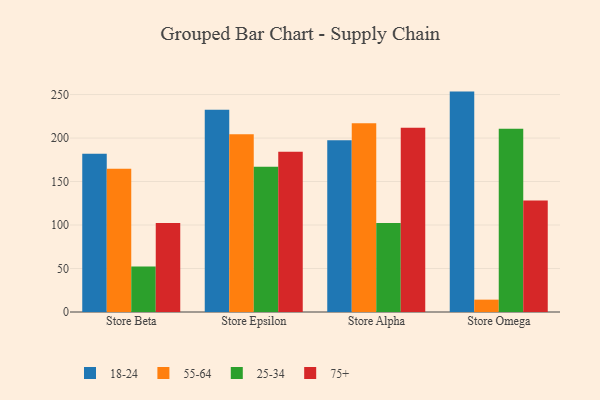
{"axis": {"x": "Store", "y": "Operating Costs (USD K)"}, "legend": ["18-24", "25-34", "55-64", "75+"], "data": [{"x": "Store Beta", "y": 181.9, "type": "18-24"}, {"x": "Store Beta", "y": 164.8, "type": "55-64"}, {"x": "Store Beta", "y": 52.2, "type": "25-34"}, {"x": "Store Beta", "y": 102.2, "type": "75+"}, {"x": "Store Epsilon", "y": 232.5, "type": "18-24"}, {"x": "Store Epsilon", "y": 204.3, "type": "55-64"}, {"x": "Store Epsilon", "y": 167.0, "type": "25-34"}, {"x": "Store Epsilon", "y": 184.2, "type": "75+"}, {"x": "Store Alpha", "y": 197.5, "type": "18-24"}, {"x": "Store Alpha", "y": 217.1, "type": "55-64"}, {"x": "Store Alpha", "y": 102.3, "type": "25-34"}, {"x": "Store Alpha", "y": 211.8, "type": "75+"}, {"x": "Store Omega", "y": 253.4, "type": "18-24"}, {"x": "Store Omega", "y": 14.2, "type": "55-64"}, {"x": "Store Omega", "y": 210.8, "type": "25-34"}, {"x": "Store Omega", "y": 128.1, "type": "75+"}]}